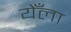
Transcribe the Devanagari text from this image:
येँला